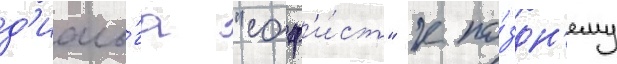
д'иало́га "соф'и́ст" к по́здн'ему